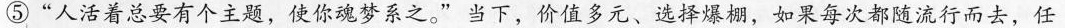
⑤”人活着总要有个主题，使你魂梦系之。”当下，价值多元、选择爆棚，如果每次都随流行而去，任